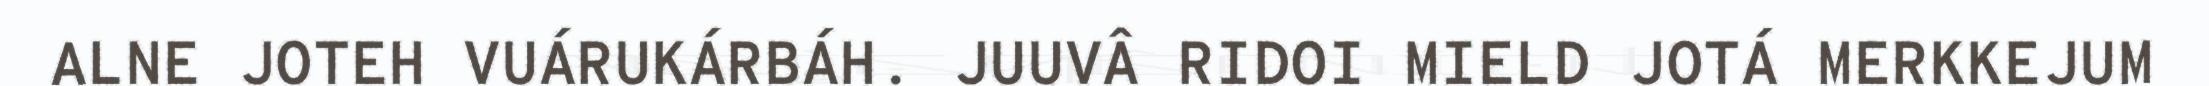
ALNE JOTEH VUÁRUKÁRBÁH. JUUVÂ RIDOI MIELD JOTÁ MERKKEJUM